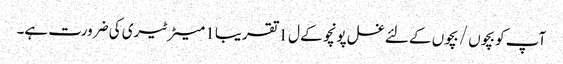
آپ کو بچوں / بچوں کے لئے غسل پونچو کے ل 1 تقریبا 1 میٹر ٹیری کی ضرورت ہے۔